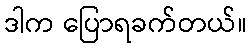
ဒါက ပြောရခက်တယ်။